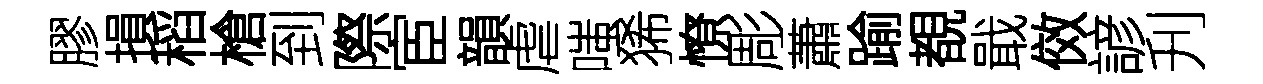
膠損稻槍到際宦韻虐嗤狶憭彫蕭踰覩戢傚諺刋